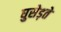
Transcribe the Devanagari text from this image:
घुसेड़ते